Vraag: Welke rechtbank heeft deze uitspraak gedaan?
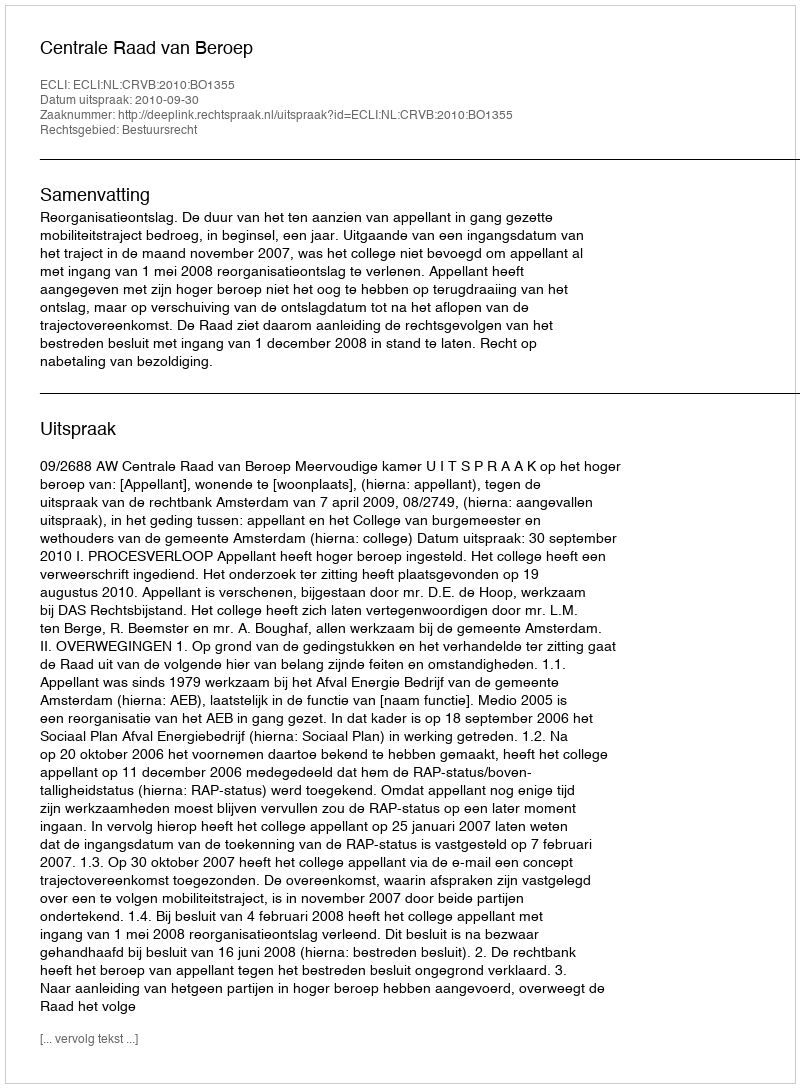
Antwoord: Centrale Raad van Beroep